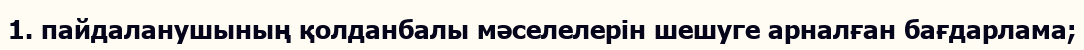
1. пайдаланушының қолданбалы мәселелерін шешуге арналған бағдарлама;